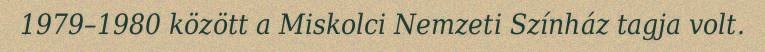
1979–1980 között a Miskolci Nemzeti Színház tagja volt.